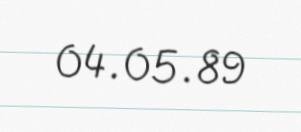
04.05.89